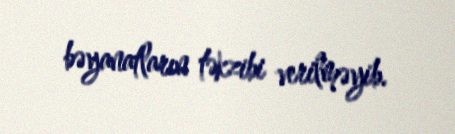
bəyanatların təkzibi verilməyib.